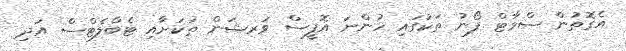
އެގޮތުން ސްމާޓް ފޯނު ތަކުގައި ހުންނަ އޮފީސް ވަރޝަން ތަކަށާއި ޓެބްލެޓްސް އަދި